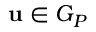
\mathbf { u } \in G _ { P }